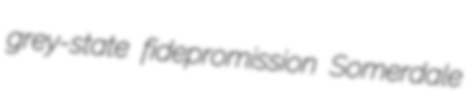
grey-state fidepromission Somerdale